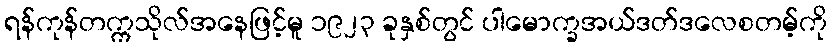
ရန်ကုန်တက္ကသိုလ်အနေဖြင့်မူ ၁၉၂၃ ခုနှစ်တွင် ပါမောက္ခအယ်ဒတ်ဒလေစတမ့်ကို